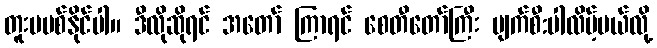
တူးမပစ်နိုင်ပါ။ ဒီလိုဆိုရင် အတော် ကြာရင် စေတီတော်ကြီး ပျက်စီ:ပါလိမ့်မယ်လို့